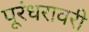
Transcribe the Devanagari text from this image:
पूरंधरावरी